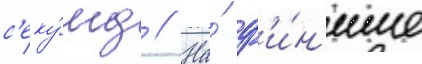
с'еку́нд // На́ ф'и́н'ише